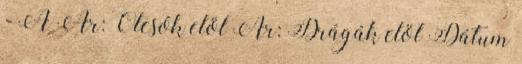
- A Ár: Olcsók elöl Ár: Drágák elöl Dátum